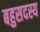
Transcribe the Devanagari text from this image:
बहुसदस्य